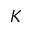
K